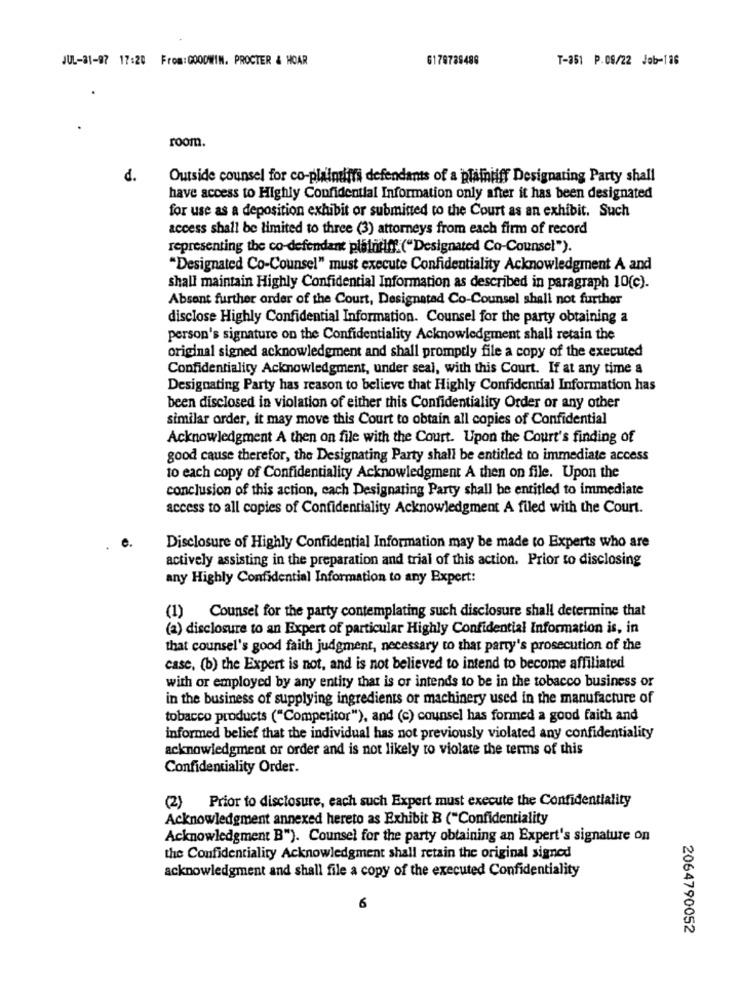
JUL-31-97 17:20 From:GOODWIN. PROCTER & HOAR
6178788488
T-851 P.08/22 Job-126
room.
d.
Outside counsel for co-plaintiffs defendants of a plaintiff Designating Party shall
have access to Highly Confidential Information only after it has been designated
for use as a deposition exhibit or submitted to the Court as an exhibit. Such
access shall be limited to three (3) attorneys from each firm of record
representing the co-defendant plaintiff.("Designated Co-Counsel").
"Designated Co-Counsel" must execute Confidentiality Acknowledgment A and
shall maintain Highly Confidential Information as described in paragraph 10(c).
Absent further order of the Court, Designated Co-Counsel shall not further
disclose Highly Confidential Information. Counsel for the party obtaining a
person's signature on the Confidentiality Acknowledgment shall retain the
original signed acknowledgment and shall promptly file a copy of the executed
Confidentiality Acknowledgment, under seal, with this Court. If at any time a
Designating Party has reason to believe that Highly Confidential Information has
been disclosed in violation of either this Confidentiality Order or any other
similar order, it may move this Court to obtain all copies of Confidential
Acknowledgment A then on file with the Court. Upon the Court's finding of
good cause therefor, the Designating Party shall be entitled to immediate access
to each copy of Confidentiality Acknowledgment A then on file. Upon the
conclusion of this action, cach Designating Party shall be entitled to immediate
access to all copies of Confidentiality Acknowledgment A filed with the Court.
Disclosure of Highly Confidential Information may be made to Experts who are
actively assisting in the preparation and trial of this action. Prior to disclosing
any Highly Confidential Information to any Expert:
(1) Counsel for the party contemplating such disclosure shall determine that
(2) disclosure to an Expert of particular Highly Confidential Information is, in
that counsel's good faith judgment, necessary to that party's prosecution of the
case, (b) the Expert is not, and is not believed to intend to become affiliated
with or employed by any entity that is or intends to be in the tobacco business or
in the business of supplying ingredients or machinery used in the manufacture of
tobacco products ("Competitor"), and (c) counsel has formed a good faith and
informed belief that the individual has not previously violated any confidentiality
acknowledgment or order and is not likely to violate the terms of this
Confidentiality Order.
(2) Prior to disclosure, each such Expert must execute the Confidentiality
Acknowledgment annexed hereto as Exhibit B ("Confidentiality
Acknowledgment B"). Counsel for the party obtaining an Expert's signature on
the Confidentiality Acknowledgment shall retain the original signed
acknowledgment and shall file a copy of the executed Confidentiality
6
2064790052